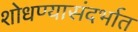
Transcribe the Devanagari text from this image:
शोधण्यासंदर्भात